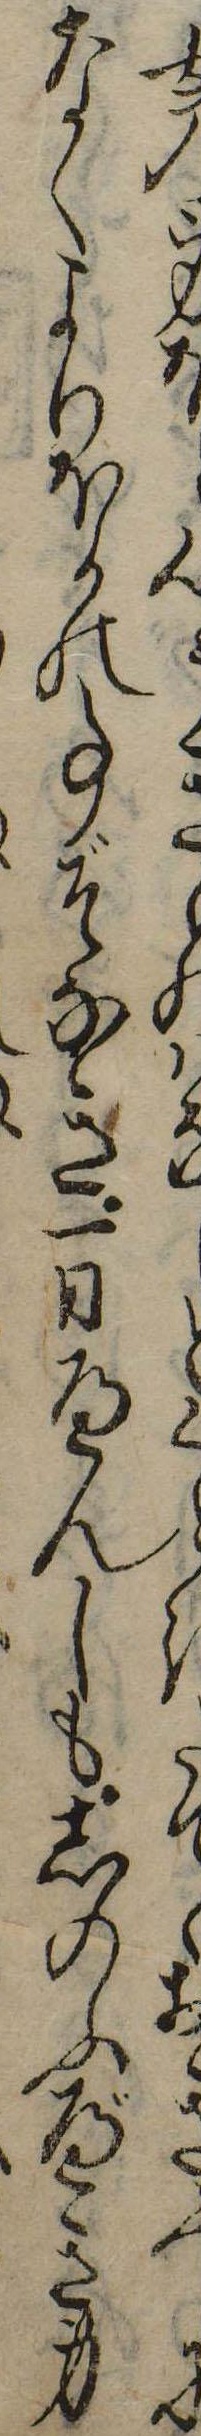
女の身ほ心うもはとくたてゝおきふになくよりほかの事ぞなき一日へんしもしのふべき身